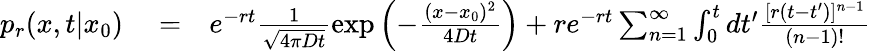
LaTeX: \begin{array}{rlr}{p_{r}(x,t|x_{0})}&{{}=}&{e^{-rt}\frac{1}{\sqrt{4\pi Dt}}\exp\left(-\frac{(x-x_{0})^{2}}{4Dt}\right)+re^{-rt}\sum_{n=1}^{\infty}\int_{0}^{t}dt^{\prime}\frac{[r(t-t^{\prime})]^{n-1}}{(n-1)!}}\end{array}